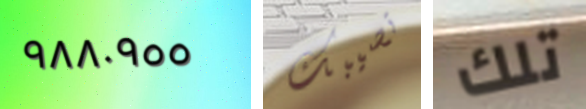
٩٨٨٠٩٥٥ تصيبك تلك